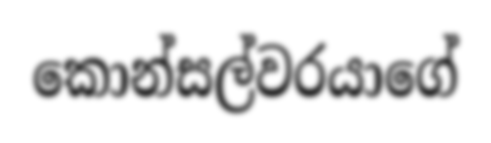
කොන්සල්වරයාගේ